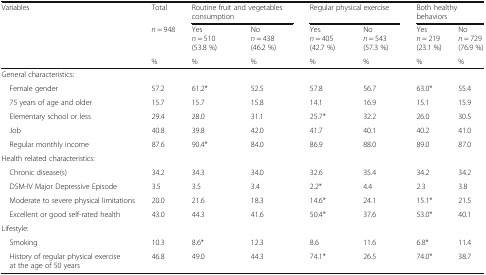
<table><thead><tr><td rowspan="3"><b>Variables</b></td><td><b>Total</b></td><td colspan="2"><b>Routine fruit and vegetables consumption</b></td><td colspan="2"><b>Regular physical exercise</b></td><td colspan="2"><b>Both healthybehaviors</b></td></tr><tr><td><b><i>n</i> = 948</b></td><td><b>Yes<i>n</i> = 510(53.8 %)</b></td><td><b>No<i>n</i> = 438(46.2 %)</b></td><td><b>Yes<i>n</i> = 405(42.7 %)</b></td><td><b>No<i>n</i> = 543(57.3 %)</b></td><td><b>Yes<i>n</i> = 219(23.1 %)</b></td><td><b>No<i>n</i> = 729(76.9 %)</b></td></tr><tr><td><b>%</b></td><td><b>%</b></td><td><b>%</b></td><td><b>%</b></td><td><b>%</b></td><td><b>%</b></td><td><b>%</b></td></tr></thead><tbody><tr><td colspan="8">General characteristics:</td></tr><tr><td> Female gender</td><td>57.2</td><td>61.2*</td><td>52.5</td><td>57.8</td><td>56.7</td><td>63.0*</td><td>55.4</td></tr><tr><td> 75 years of age and older</td><td>15.7</td><td>15.7</td><td>15.8</td><td>14.1</td><td>16.9</td><td>15.1</td><td>15.9</td></tr><tr><td> Elementary school or less</td><td>29.4</td><td>28.0</td><td>31.1</td><td>25.7*</td><td>32.2</td><td>26.0</td><td>30.5</td></tr><tr><td> Job</td><td>40.8</td><td>39.8</td><td>42.0</td><td>41.7</td><td>40.1</td><td>40.2</td><td>41.0</td></tr><tr><td> Regular monthly income</td><td>87.6</td><td>90.4*</td><td>84.0</td><td>86.9</td><td>88.0</td><td>89.0</td><td>87.0</td></tr><tr><td colspan="8">Health related characteristics:</td></tr><tr><td> Chronic disease(s)</td><td>34.2</td><td>34.3</td><td>34.0</td><td>32.6</td><td>35.4</td><td>34.2</td><td>34.2</td></tr><tr><td> DSM-IV Major Depressive Episode</td><td>3.5</td><td>3.5</td><td>3.4</td><td>2.2*</td><td>4.4</td><td>2.3</td><td>3.8</td></tr><tr><td> Moderate to severe physical limitations</td><td>20.0</td><td>21.6</td><td>18.3</td><td>14.6*</td><td>24.1</td><td>15.1*</td><td>21.5</td></tr><tr><td> Excellent or good self-rated health</td><td>43.0</td><td>44.3</td><td>41.6</td><td>50.4*</td><td>37.6</td><td>53.0*</td><td>40.1</td></tr><tr><td colspan="8">Lifestyle:</td></tr><tr><td> Smoking</td><td>10.3</td><td>8.6*</td><td>12.3</td><td>8.6</td><td>11.6</td><td>6.8*</td><td>11.4</td></tr><tr><td> History of regular physical exercise at the age of 50 years</td><td>46.8</td><td>49.0</td><td>44.3</td><td>74.1*</td><td>26.5</td><td>74.0*</td><td>38.7</td></tr></tbody></table>